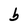
Character: b